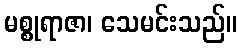
မစ္စုရာဇာ၊ သေမင်းသည်။